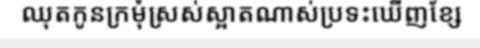
ឈុតកូនក្រមុំស្រស់ស្អាតណាស់ប្រទះឃើញខ្សែ